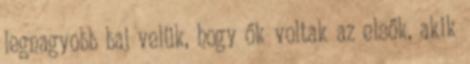
legnagyobb baj velük, hogy ők voltak az elsők, akik